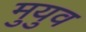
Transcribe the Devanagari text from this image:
मुयुव